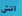
اتش